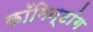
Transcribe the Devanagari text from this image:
कॉमिन्टांग